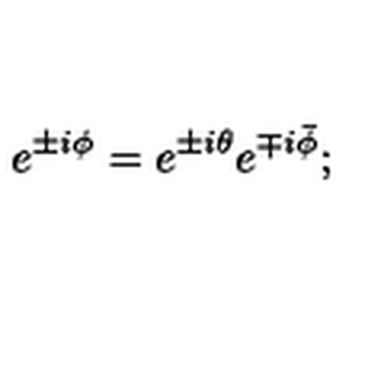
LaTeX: e ^ { \pm i \phi } = e ^ { \pm i \theta } e ^ { \mp i \bar { \phi } } ;